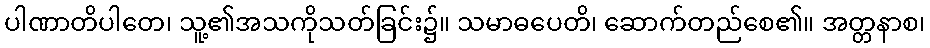
ပါဏာတိပါတေ၊ သူ့၏အသကိုသတ်ခြင်း၌။ သမာဓပေတိ၊ ဆောက်တည်စေ၏။ အတ္တနာစ၊